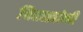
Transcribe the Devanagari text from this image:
चितळ्यांनी